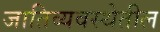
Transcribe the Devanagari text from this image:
जातिव्यवस्थेतील